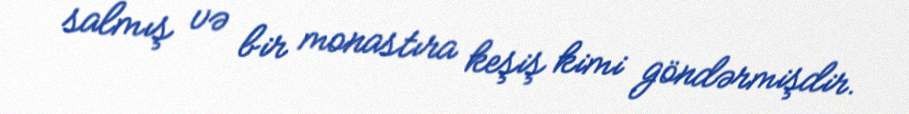
salmış və bir monastıra keşiş kimi göndərmişdir.